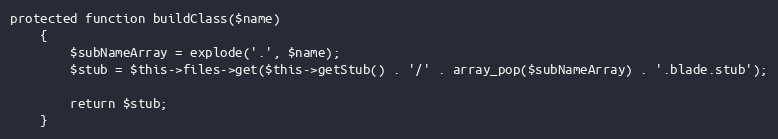
Language: PHP
protected function buildClass($name)
    {
        $subNameArray = explode('.', $name);
        $stub = $this->files->get($this->getStub() . '/' . array_pop($subNameArray) . '.blade.stub');

        return $stub;
    }